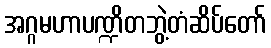
အဂ္ဂမဟာပဏ္ဍိတဘွဲ့တံဆိပ်တော်